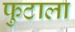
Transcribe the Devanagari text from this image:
फुटाला